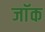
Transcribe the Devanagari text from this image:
जाॅक